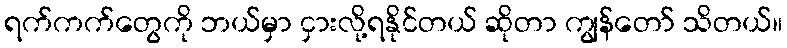
ရက်ကက်တွေကို ဘယ်မှာ ငှားလို့ရနိုင်တယ် ဆိုတာ ကျွန်တော် သိတယ်။